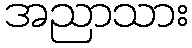
အညာသား